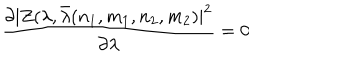
LaTeX: { \frac { \partial | Z ( \lambda , \bar { \lambda } ( n _ { 1 } , m _ { 1 } , n _ { 2 } , m _ { 2 } ) | ^ { 2 } } { \partial \lambda } } = 0